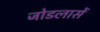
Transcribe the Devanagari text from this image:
जोडलासें